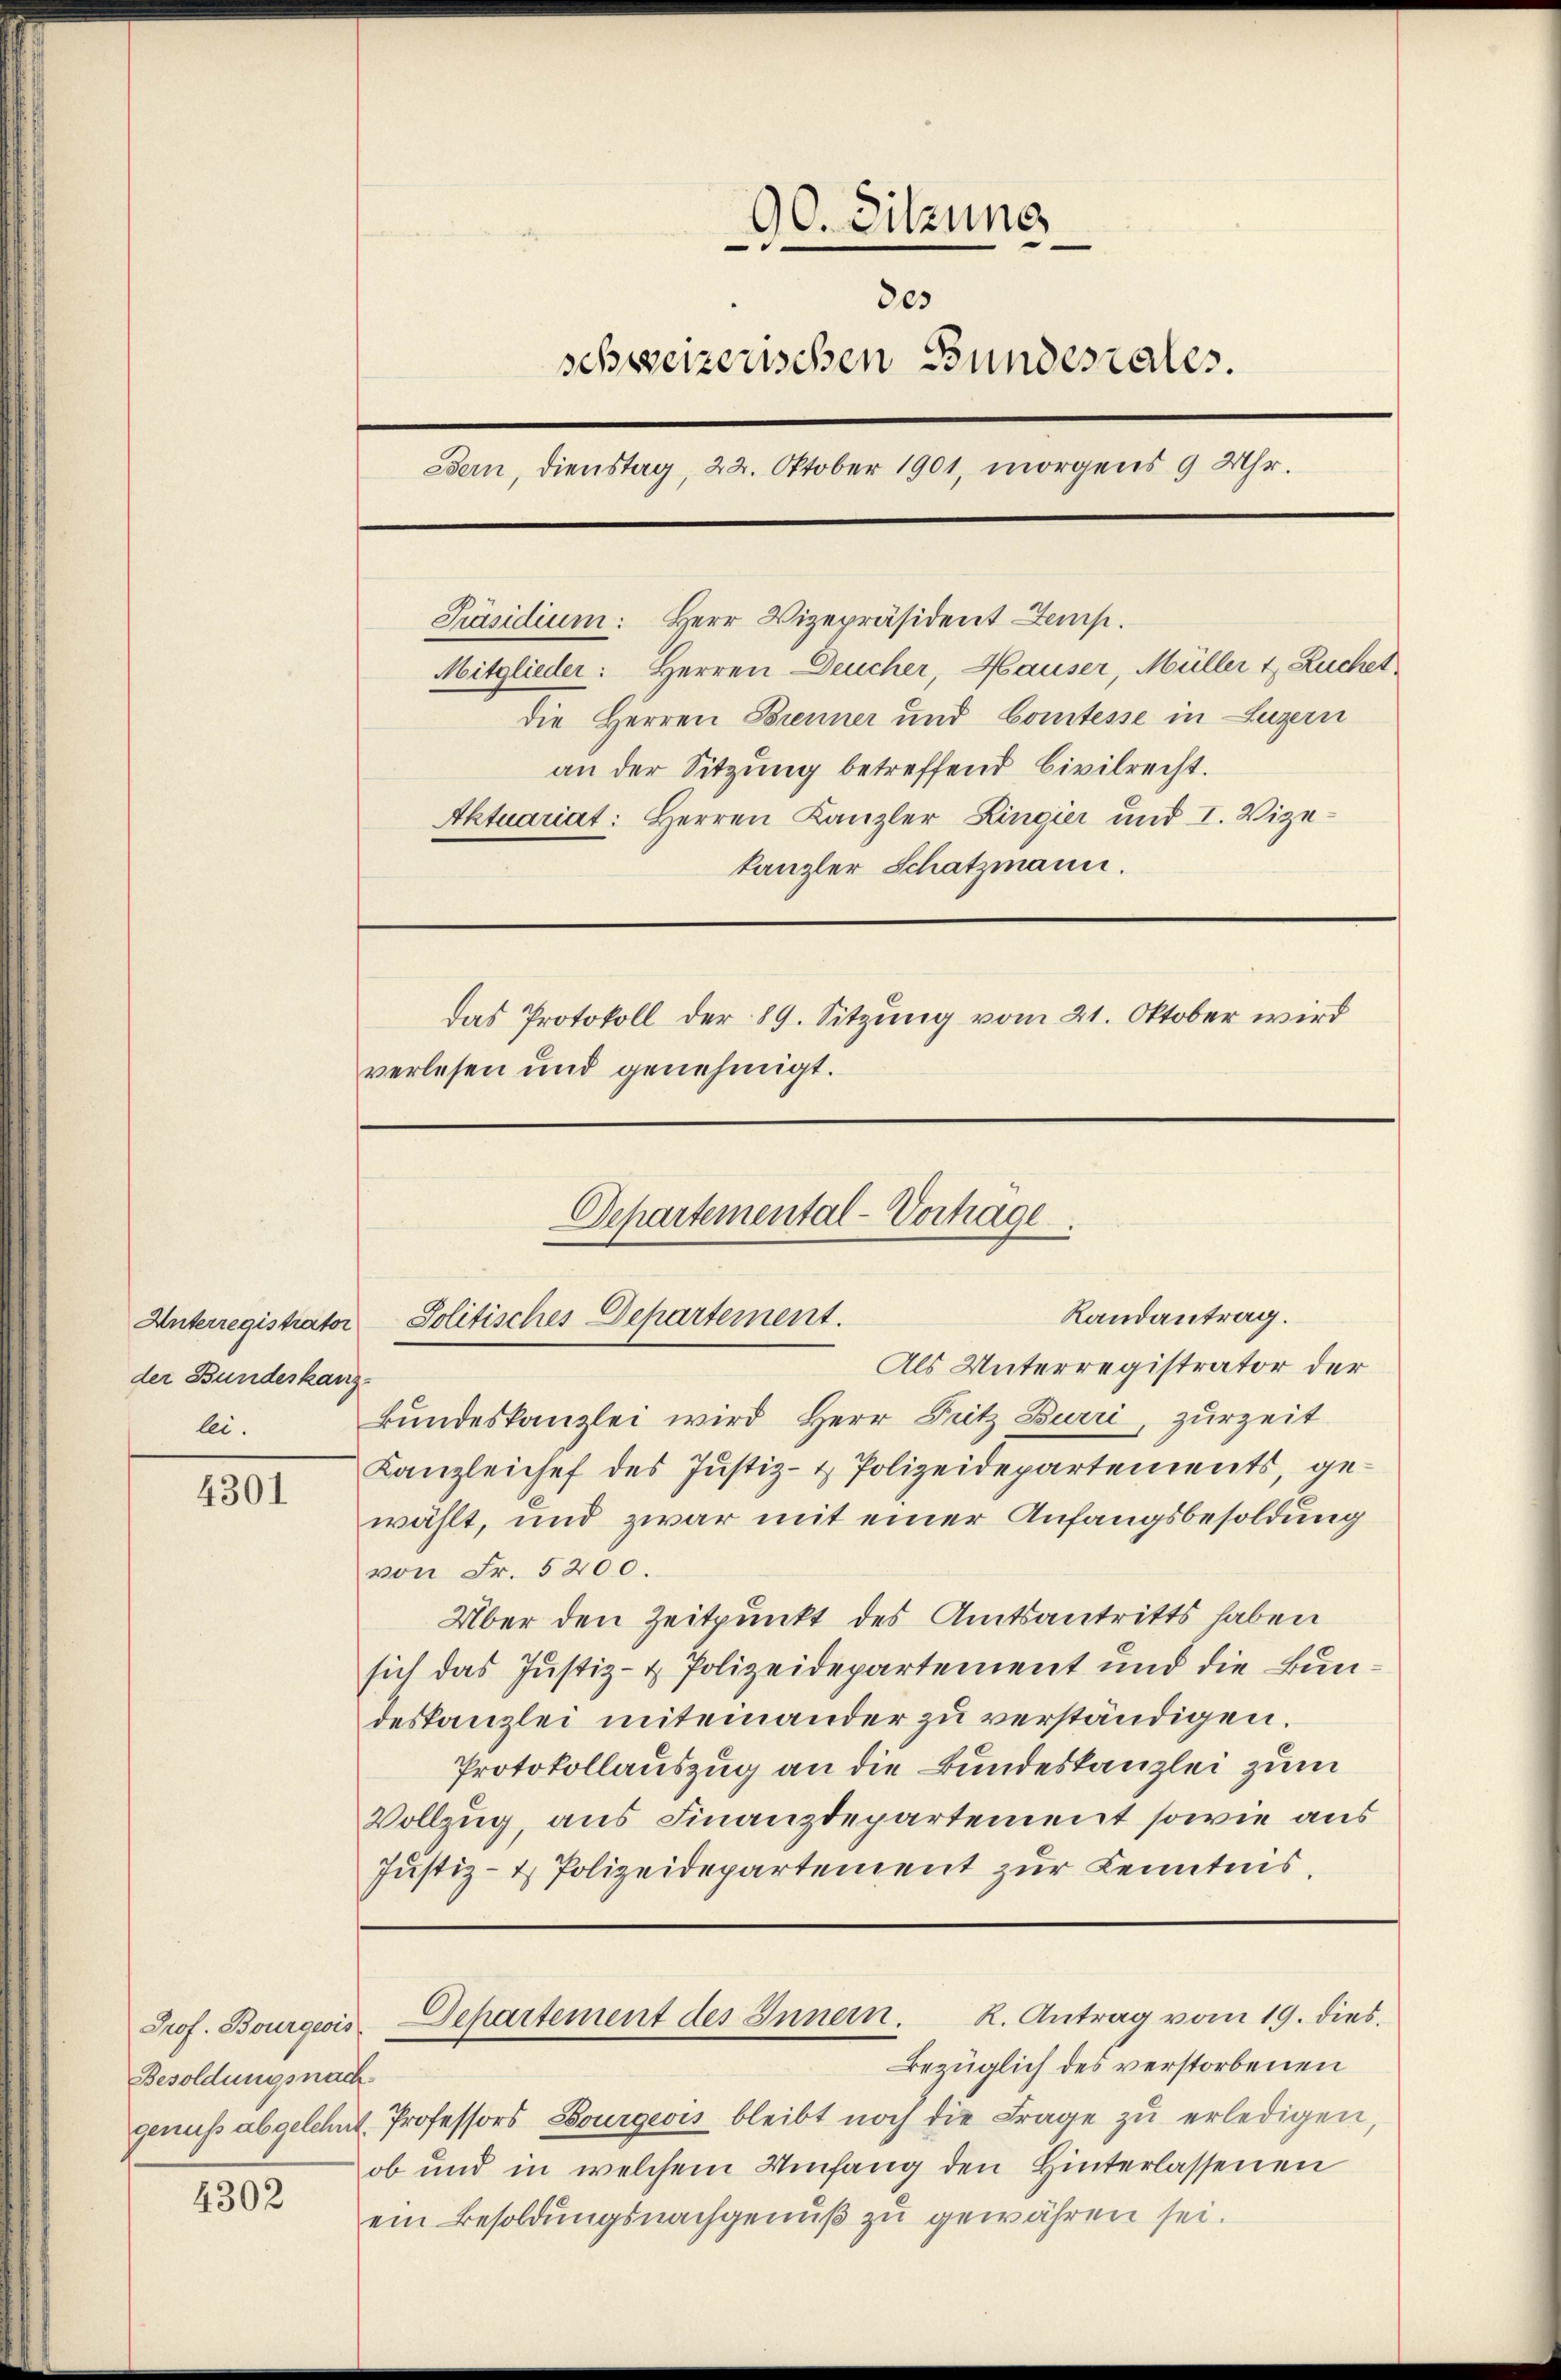
Unterregistrator
der Bundeskanz

4301

Besoldungsnach

4302

90. Sitzung
205
schweizerischen Bundesrates.
Bern, dienstag, 22. Oktober 1901, morgens 9 Uhr.
Präsidium: Herr Vizepräsident Lemp.
Mitglieder: Herren Deucher, Hauser, Müller t Ruchet
die Herren Brenner und Comtesse in Luzern
an der Sitzung betreffend Civilrecht.
Aktuariat: Herren Kanzler Ringier und I. Vizekanzler Schatzmann.
Das Protokoll der 89. Sitzung vom 21. Oktober wird
verlesen und genehmigt.

Departemental-Vortrage
Randantrag.
Solitisches Departement.

Als Unterregistrator der
lei. Bŭndeskanzlei wird Herr Pritz Burri, zŭrzeit
Kanzleichef des Jŭstiz- & Polizeidepartements, ge-
wählt, und zwar mit einer Anfangsbesoldung
von Fr. 5200.
Über den Zeitpunkt des Amtsantritts haben
sich das Justiz- & Polizeidepartement und die Bundeskanzlei miteinander zu verständigen.
Protokollauszug an die Bundeskanzlei zum
Vollzug, aus Finanzdepartement sowie aus
Justiz- & Polizeidepartement zur Kenntnis.

Bezüglich des verstorbenen
genuss abgelehnt. Professors Bourgeois bleibt noch die Frage zŭ erledigen,
ob und in welchem Umfang den Hinterlassenen
ein Besoldungsnachgenuß zu gewähren sei.

Prof. Bourgeois Departement des Innern. K. Antrag vom 19. dies